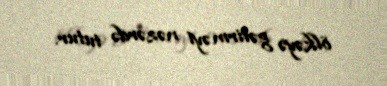
ölkəyə gətirməyi nəzərdə tutur.